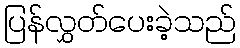
ပြန်လွှတ်ပေးခဲ့သည်